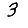
Digit: 3